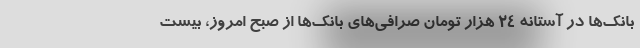
بانک‌ها در آستانه ۲۴ هزار تومان صرافی‌های بانک‌ها از صبح امروز، بیست